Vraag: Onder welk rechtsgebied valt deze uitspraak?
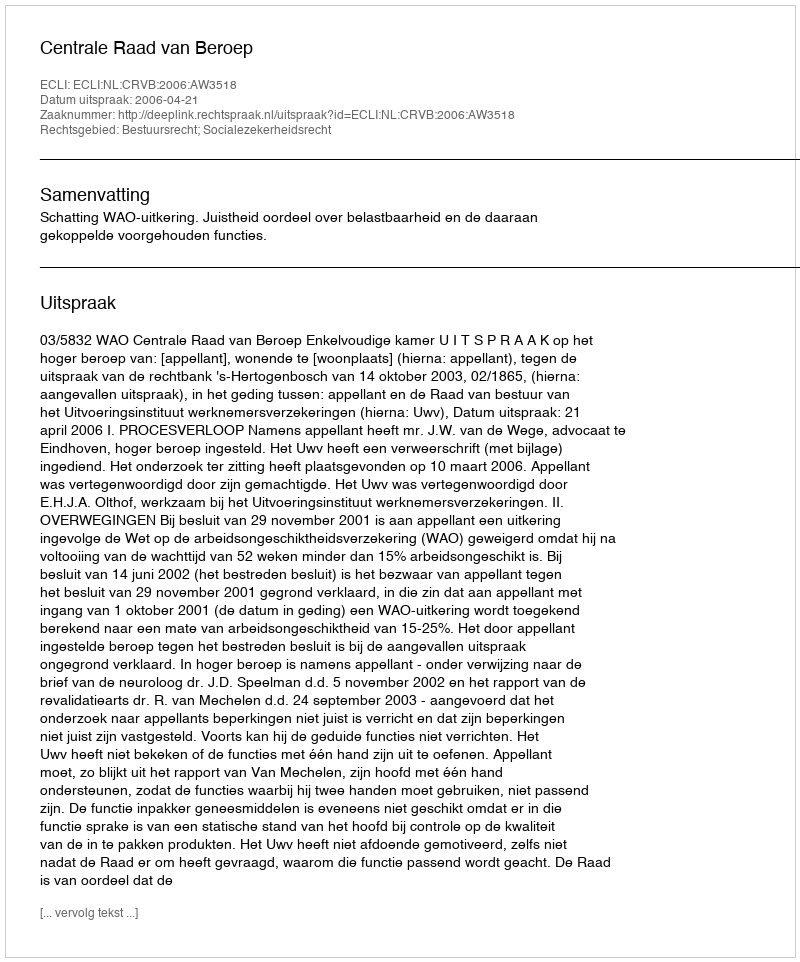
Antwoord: Bestuursrecht; Socialezekerheidsrecht